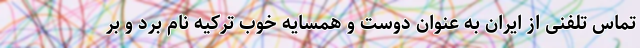
تماس تلفنی از ایران به عنوان دوست و همسایه خوب ترکیه نام برد و بر